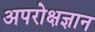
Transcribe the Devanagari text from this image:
अपरोक्षज्ञान